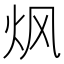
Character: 𮳠